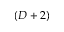
( D + 2 )